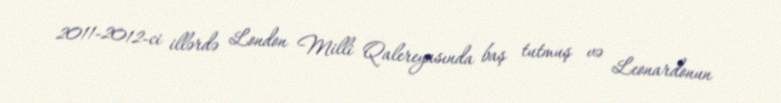
2011-2012-ci illərdə London Milli Qalereyasında baş tutmuş və Leonardonun